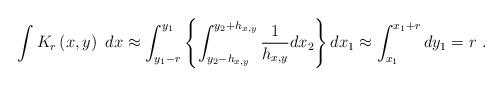
LaTeX: \begin{align*}\int K_{r}\left( x,y\right) ~dx\approx \int_{y_{1}-r}^{y_{1}}\left\{\int_{y_{2}-h_{x,y}}^{y_{2}+h_{x,y}}\frac{1}{h_{x,y}}dx_{2}\right\}dx_{1}\approx \int_{x_{1}}^{x_{1}+r}dy_{1}=r\ . \end{align*}